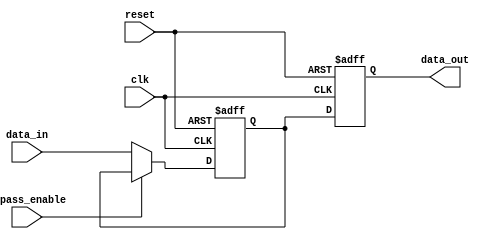
module bypass_register (
    input wire clk, // Clock signal
    input wire reset, // Reset signal
    input wire bypass_enable, // Bypass control signal
    input wire [7:0] data_in, // Input data
    output reg [7:0] data_out // Output data
);

reg [7:0] storage_reg; // Storage register for data

always @(posedge clk or posedge reset) begin
    if (reset) begin
        storage_reg <= 8'h00; // Reset storage register
        data_out <= 8'h00; // Reset output data
    end else begin
        if (bypass_enable) begin
            data_out <= storage_reg; // Bypass data output
        end else begin
            storage_reg <= data_in; // Store input data
            data_out <= storage_reg; // Output stored data
        end
    end
end

endmodule